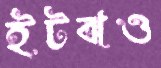
ইটঝও